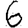
Digit: 6